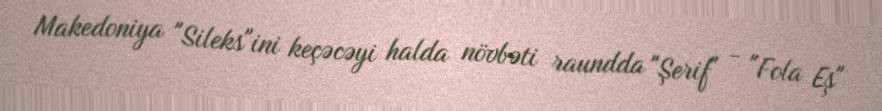
Makedoniya "Sileks"ini keçəcəyi halda növbəti raundda "Şerif" - "Fola Eş"